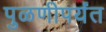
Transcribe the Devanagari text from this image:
पुळणीपर्यंत